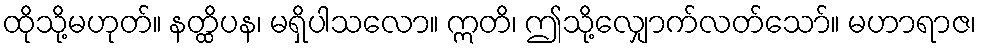
ထိုသို့မဟုတ်။ နတ္ထိပန၊ မရှိပါသလော။ ဣတိ၊ ဤသို့လျှောက်လတ်သော်။ မဟာရာဇ၊